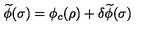
\widetilde { \phi } ( \sigma ) = \phi _ { c } ( \rho ) + \delta \widetilde { \phi } ( \sigma )